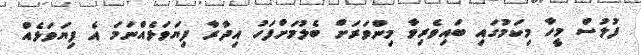
ފުލުސް މީހާ މިކަމުގައި ބައިވެރިވާ މިންވަރަށް ބެލުމަށްފަހު އިދާރާ ފިޔަވަޅެއްނަމަ އެ ފިޔަވަޅެއް